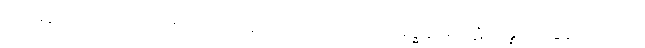
တမေနံ၊ ထိုယောကျ်ားကို။ အညတရော၊ တယေက်သော။ အဒ္ဓါန မဂ္ဂပ္ပဋိပန္နော၊ အဓွန့်ရှည်သော